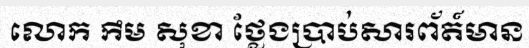
លោក កឹម សុខា ថ្លែងប្រាប់សារព័ត៍មាន